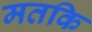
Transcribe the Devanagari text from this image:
मतकि